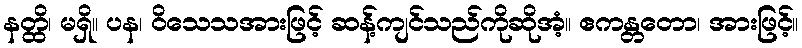
နတ္ထိ၊ မရှိ။ ပန၊ ဝိသေသအားဖြင့် ဆန့်ကျင်သည်ကိုဆိုအံ့။ ဧကန္တတော၊ အားဖြင့်။